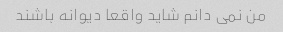
من نمی دانم شاید واقعا دیوانه باشند